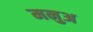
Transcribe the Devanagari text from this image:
मनुअ